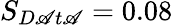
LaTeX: S_{D\mathscr{A}t\mathscr{A}}=0.08